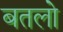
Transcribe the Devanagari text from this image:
बतलो